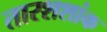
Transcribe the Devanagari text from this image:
तारशशांक